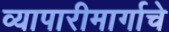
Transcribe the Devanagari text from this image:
व्यापारीमार्गाचे